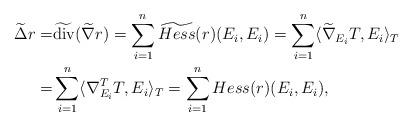
LaTeX: \begin{align*}\begin{aligned}{\widetilde{\Delta}}r= & \widetilde{\rm div}(\widetilde{\nabla}r)=\sum_{i=1}^n\widetilde{Hess}(r)(E_i,E_i)=\sum_{i=1}^n\langle\widetilde{\nabla}_{E_i}T,E_i\rangle_T\\= &\sum_{i=1}^n\langle\nabla^T_{E_i}T,E_i\rangle_T=\sum_{i=1}^n Hess(r)(E_i,E_i),\end{aligned}\end{align*}